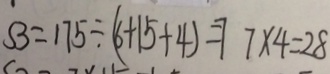
S 3 = 1 7 5 \div ( 6 + 1 5 + 4 ) = 7 7 \times 4 = 2 8